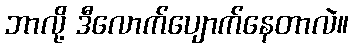
ဘာလို့ ဒီလောက်ပျောက်နေတာလဲ။